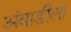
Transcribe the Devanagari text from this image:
अंबाडीला